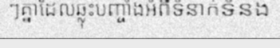
ៗគ្នាដែលឆ្លុះបញ្ចាំងអំពីទំនាក់ទំនង